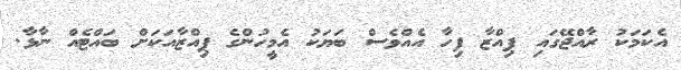
އެކަމަކު ރާއްޖޭގައި ޕިއްޒާ ފިހާ އެއްވެސް ބަޔަކު އެމީހުންގެ ޕިއްޒާއަކަށް ބައްޓެއް ނާޅާ.